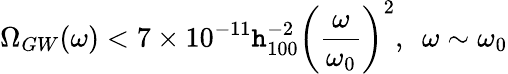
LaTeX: \Omega_{GW}(\omega)<7\times10^{-11}\mathtt{h}_{100}^{-2}\left(\frac{{\omega}}{{\omega_{0}}}\right)^{2},~~\omega\sim\omega_{0}